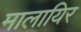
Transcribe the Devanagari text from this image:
मालायिर